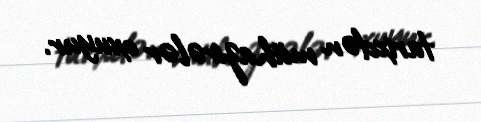
tarixdən mühazirələr oxuyur.